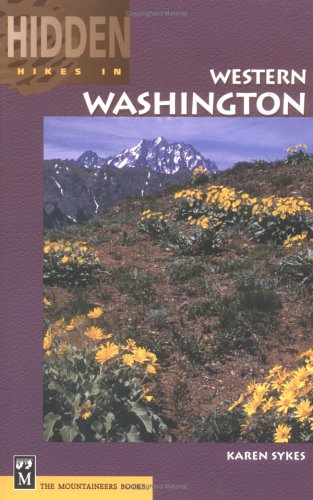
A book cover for Hidden Hikes in Western Washington; Karen Sykes; Travel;